Document type: Sale
Year: 1423
Scribe: Joan Franc
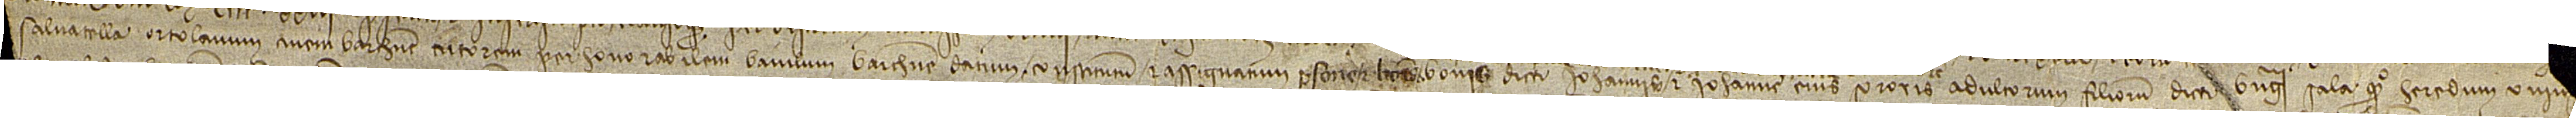
[...] Salvatella, ortolanum, civem Barchinone, tutorem per honorabilem baiulum Barchinone datum, constitutum et assignatum persone et bonis  bonis dicti Iohannis et Iohanne, eius sororis, adultorum, filiorum dicti Berengarii Sala, quondam, heredum univ[ersalium] [...]